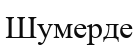
Шумерде